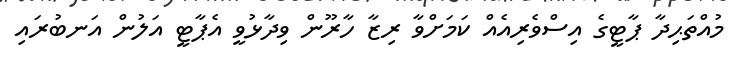
މުއްތަޙިދާ ޕާޓީގެ އިސްވެރިއެއް ކަމަށްވާ ރިޒާ ހާރޫން ވިދާޅުވީ އެޕާޓީ އަލުން އަނބުރައި